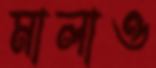
মালাও